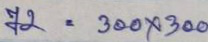
72 = 300 x 300